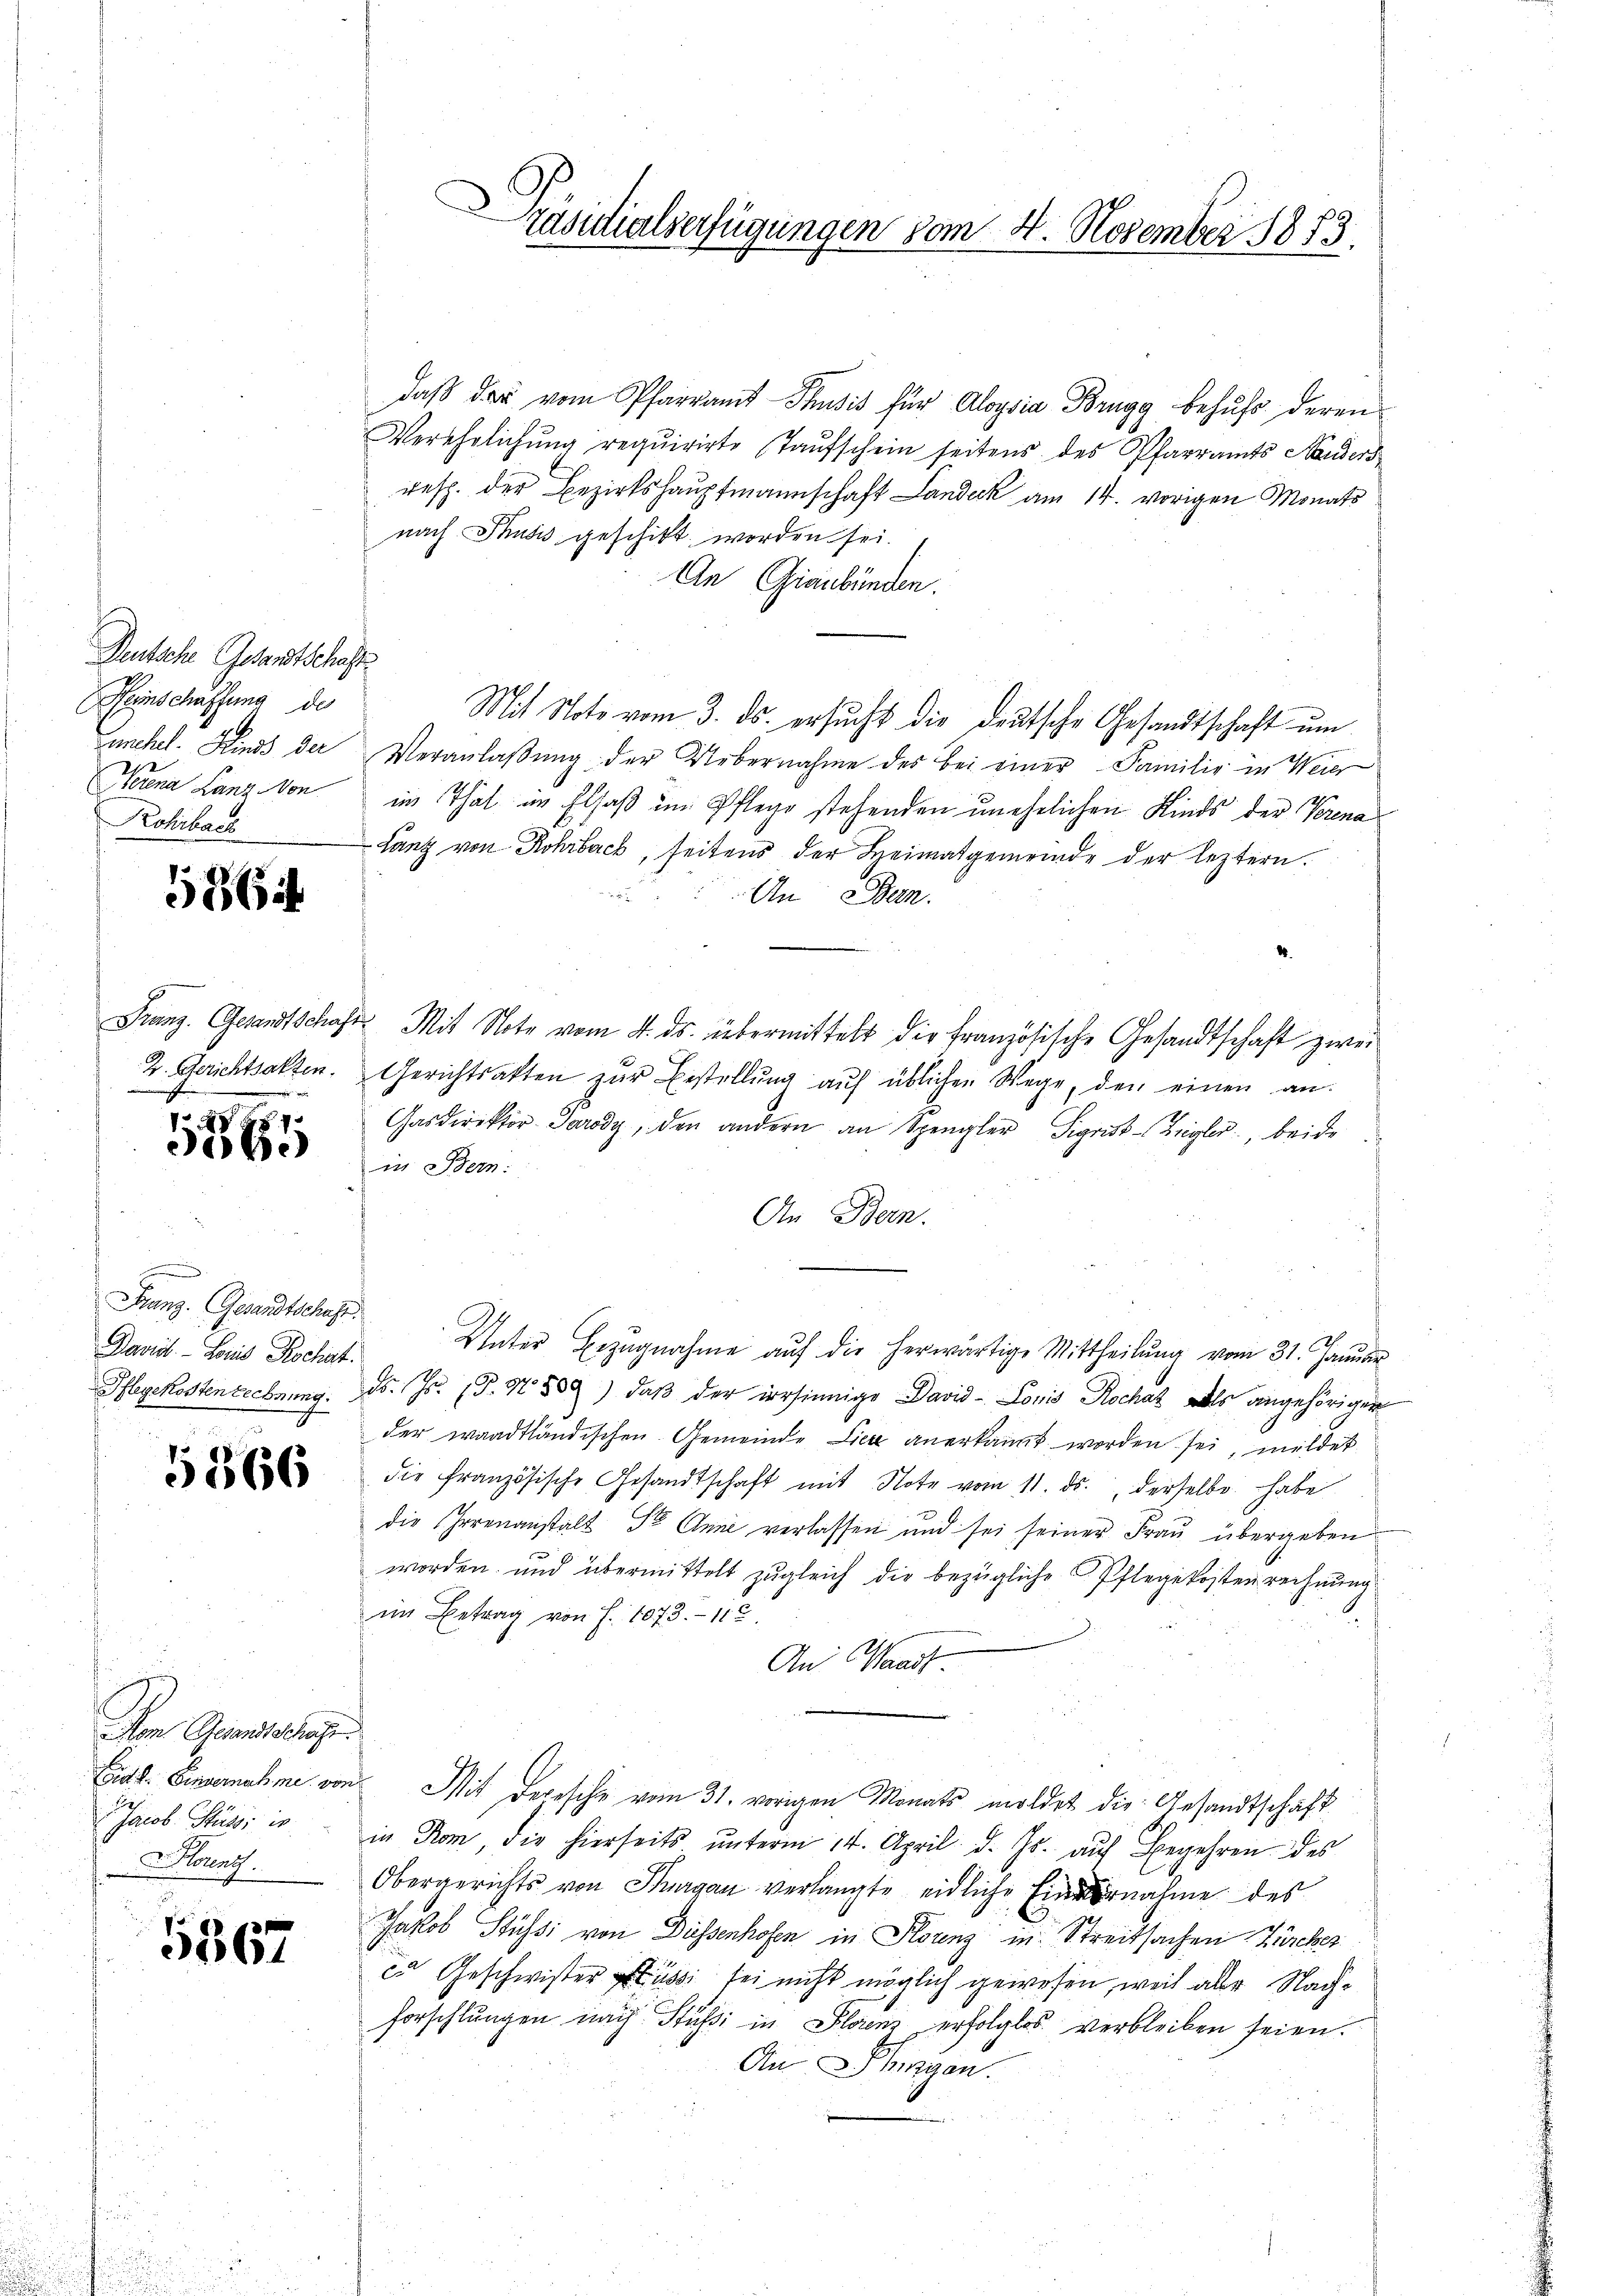
Deutsche Gesandtschaft.
Heinschaffung de
zunehel. Kind der
Norena Lanz von
Rohibach

5864

Franz. Gesandtschaft
2. Gerichtsalten.

1271
e

Franz. Gesandtschaft.
Davidt. — Loris Rochat.
Pflegekosten rechnung.

5366

Im Gesandtschige
Ei. f. Einvernahme von
Jacob Stupsi is
 Florenz

5367

Präsidialverfügungen vom 4. November 1873.

daβ der vom Pfarramt Thusis für Aloysia Brugg behufs deren
Verehrlichung requirirte Taufschein seitens des Pfarramts Handers
resp. der Bezirkshauptmannschaft Landeck am 14. vorigen Monats
nach Thusis geschikt worden sei.
An Graubünden.
Mit Note vom 3. ds. ersŭcht die deutsche Gesandtschaft um
Veranlassŭng der Uebernahme des bei einer Familie in Weier
im That an Elsaß im Pflege stehenden unehelichen Kinds der Verena
Lanz von Rohrbach, seitens der Heimatgemeinde der leztern.
An Ban
2. Mit Note vom 4. ds. übermittelt die französische Gesandtschaft zwei
Gerichtsakten zŭr Bestellŭng auf üblichen Wege, den einen an:
Gasdirektor Parody, den andern an Spengler Sigrist-Ziegler, beide
in Bern:
An Bern.
Unter Bezŭgnahme aŭf die herwärtige Mittheilŭng vom 31. Januar
Fs. Js. (T.1589) daβ der irrsinnige David-Lonis Rochat als angehörigen
der waadtländischen Gemeinde Lier anerkannt worden sei, mildet
die französische Gesandtschaft mit Note vom 11. ds., derselbe habe
die Irrenanstalt der Anne verlassen und sei seiner Frau übergeben
worden und übermittelt zugleich die bezügliche Pflegekosten rechnung
im Betrag von S. 1073.- 11
An Waadt
Mit derische vom 31. vorigen Monats moldet die Gesandtschaft
in Rom die hierseits ŭnterm 14. April d. Js. auf Begehren des
Obergerichts von Thurgau verlangte eidliche Einnahme des
Jakob Stüssi von Düssenhofen in Florenz in Streitsachen Zürcher
c. Geschwister Aussi sei nicht möglich gewesen, weil aber Nachforschlungen nach Stüßi in Florenz erfolglos verbleiben seien.
An hingen.